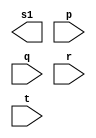
// ------------------------- 
//--Definir e testar um mdulo com uma expresso envolvendo portas 
//--de um circuito capaz de receber um byte e 
//--retornar 1, se todos os seus bits forem iguais a 0.   
//----------------------------- 
// Exercicio -circuito 
// Nome:Fernando Silva
// ------------------------- 
// -- or gate 
// -------------------------
module orgate ( output s1,  input p,input q,input r,input t);
  assign s = p | q | r | t;
endmodule // orgate 
// --------------------- 
// -- and gate 
// ---------------------         
module andgate ( output s2,   input p,input q,input r,input t);
  assign s = (p & q & r & t);
endmodule // andgate 
// -------------------
// -- nor gate
// -------------------
module norgate(output s, input p,input q);
  assign s = ~(~(p|q)); 
endmodule // norgate

module circuito;
// ------------------------- dados locais 
  reg a, b, c, d, e, f, g, h; // definir registradores 
  wire s; // definir conexao (fio) 
// ------------------------- instancia 
  or OR1 (s1, a, b, c, d); 
  and AND1 (s2, e, f, g, h);
  nor NOR1 (s, s1, s2);  
// ------------------------- preparacao 
  initial begin:start
    a=0; b=0; c=0; d=0; e=0; f=0; g=0; h=0; 
  end 
// ------------------------- parte principal 
  initial begin:main
    $display("extra 01-  Fernando Silva - 414506"); 
    $display("Test circuito gate"); 
 $display("\na b c d e f g h = s\n");
	$monitor("%b %b %b %b %b %b %b %b = %b",a,b,c,d,e,f,g,h,s);
   #1 a=0; b=0; c=0; d=0; e=0; f=0; g=0; h=0;
  end 
endmodule // circuito